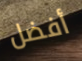
أفضل